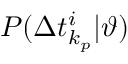
P ( \Delta t _ { k _ { p } } ^ { i } | \vartheta )